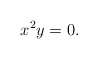
\begin{align*}x^2y=0\ldotp\end{align*}